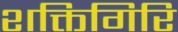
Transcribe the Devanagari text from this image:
शक्तिगिरि